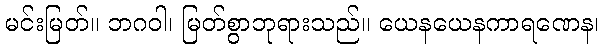
မင်းမြတ်။ ဘဂဝါ၊ မြတ်စွာဘုရားသည်။ ယေနယေနကာရဏေန၊